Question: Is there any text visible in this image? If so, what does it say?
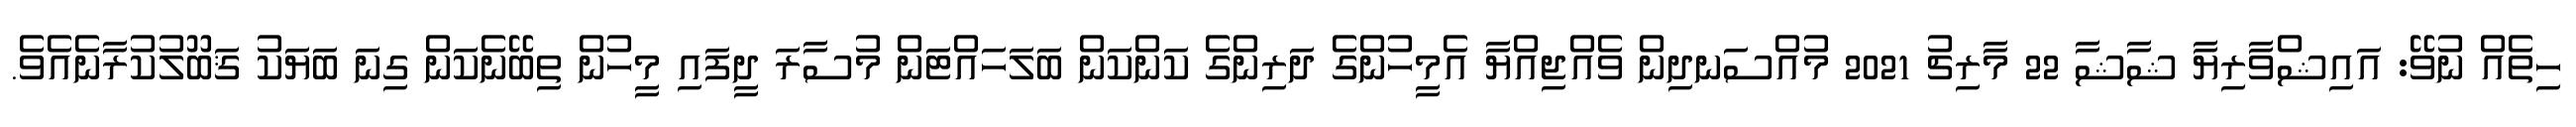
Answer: ހިތެއް ނުވޭ: އައިޝްވާރިޔާ ޝާޝާ 22 މާރިޗު 2021 މުއްސަނދިން ވެއްޖިއްޔާ އެމީހުންގެ ދަރިންގެ ކަންކަން ބަލަހައްޓަން މުސާރަ ދީފައި މީހުން ތިބޭނެކަން ގިނަ ބަޔަކު ޤަބޫލުކުރާނެއެވެ.